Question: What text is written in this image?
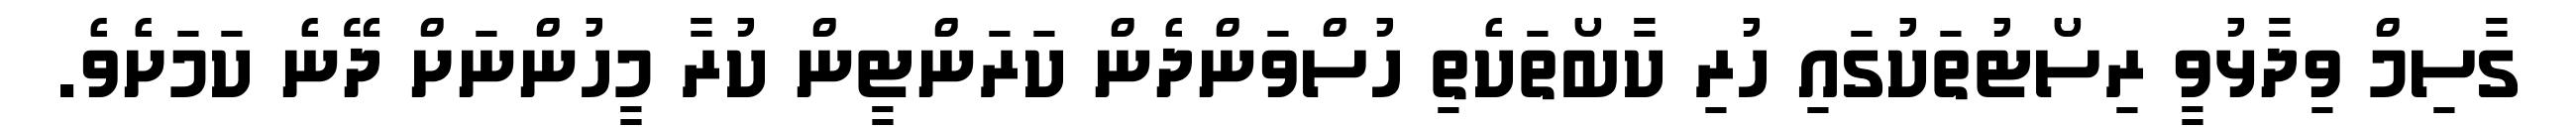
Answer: ގާސިމް ވިދާޅުވީ ރިސޯޓުތަކުގައި ހުރި ކާބޯތަކެތި ހުސްވަންދެން ކަރަންޓީން ކުރާ މީހުންނަށް ދޭނެ ކަމަށެވެ.